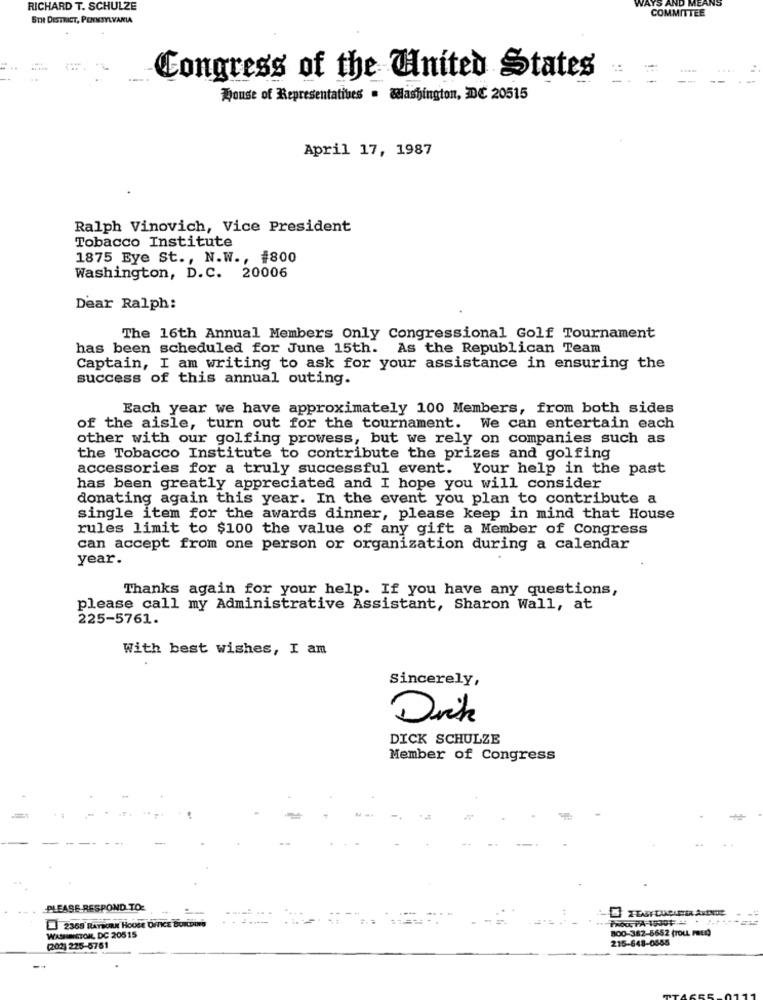
RICHARD T. SCHULZE
AYS
5TH DISTRICT, PENNSYLVANIA
COMMITTEE
Congress of the United States
House of Representatives . Washington, DC 20515
April 17, 1987
Ralph Vinovich, Vice President
Tobacco Institute
1875 Eye St ., N.W ., #800
Washington, D.C. 20006
Dear Ralph:
The 16th Annual Members Only Congressional Golf Tournament
has been scheduled for June 15th. As the Republican Team
Captain, I am writing to ask for your assistance in ensuring the
success of this annual outing.
Each year we have approximately 100 Members, from both sides
of the aisle, turn out for the tournament. We can entertain each
other with our golfing prowess, but we rely on companies such as
the Tobacco Institute to contribute the prizes and golfing
accessories for a truly successful event. Your help in the past
has been greatly appreciated and I hope you will consider
donating again this year. In the event you plan to contribute a
single item for the awards dinner, please keep in mind that House
rules limit to $100 the value of any gift a Member of Congress
can accept from one person or organization during a calendar
year.
Thanks again for your help. If you have any questions,
please call my Administrative Assistant, Sharon Wall, at
225-5761.
With best wishes, I am
Sincerely,
Drik
DICK SCHULZE
Member of Congress
PLEASE RESPOND TO:
PROUGPA-10001 44
2368 RAYBURN HOUSE OFICE BONDING
800-362-5652 (TOLL FREQ
WASHINGTON, DC 20515
215-648-0555
(2023 225-5761